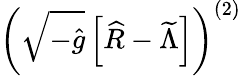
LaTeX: \left(\sqrt{-{\widehat g}}\left[{\widehat R}-{\widetilde\Lambda}\right]\right)^{(2)}